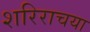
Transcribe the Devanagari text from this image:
शरिराचया